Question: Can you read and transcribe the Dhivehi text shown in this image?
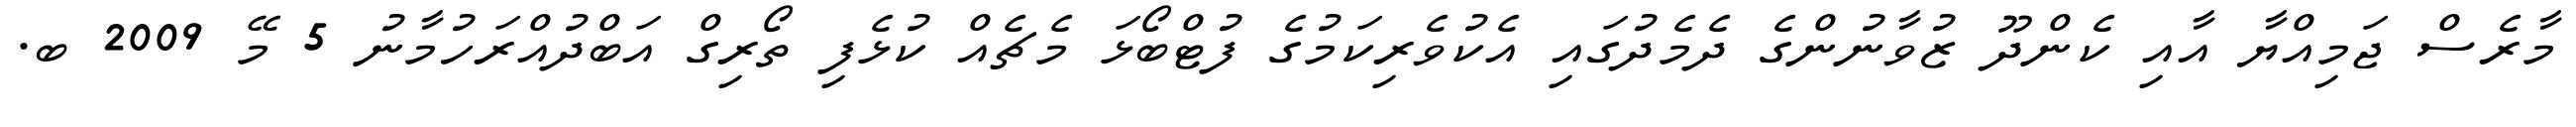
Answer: މާރެސް ޖަމިއްޔާ އާއި ކެންދޫ ޒުވާނުންގެ ދެމެދުގައި އެކުވެރިކަމުގެ ފުޓްބޯޅަ މެޗެއް ކުޅެފި ތޯރިގް އަބްދުއްރަހުމާނު 5 މޭ 2009 ބ.